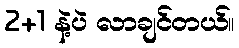
2+1 နဲ့ပဲ လာချင်တယ်။